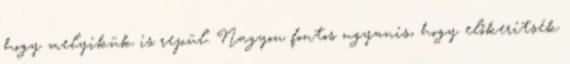
hogy melyikük is repül. Nagyon fontos ugyanis, hogy előkerítsék